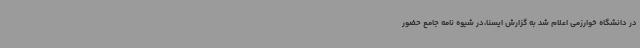
در دانشگاه خوارزمی اعلام شد به گزارش ایسنا،در شیوه نامه جامع حضور